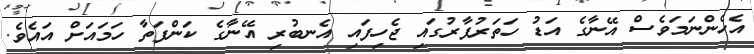
އެހެންނަމަވެސް އޭނާގެ އަޑު ހަތަރުފާރުގައި ޖެހިފައި އެނބުރި އޭނާގެ ކަންފަތާ ހަމައަށް އައެވެ.